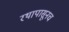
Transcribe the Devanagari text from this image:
रथापासूनच